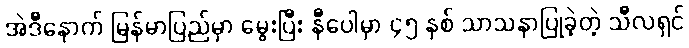
အဲဒီနောက် မြန်မာပြည်မှာ မွေးပြီး နီပေါမှာ ၄၅ နှစ် သာသနာပြုခဲ့တဲ့ သီလရှင်